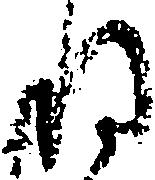
ね